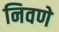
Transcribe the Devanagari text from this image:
निवणे